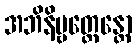
အဘိနိဗ္ဗတ္တေန္တော